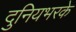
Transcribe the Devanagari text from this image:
दुनियभरके